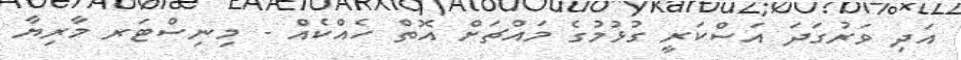
އަދި ވަރުގަދަ އަސްކަރީ ގުޅުމުގެ މައްޗަށް އޮތް ހެއްކެއް - މިނިސްޓަރ މާރިޔާ